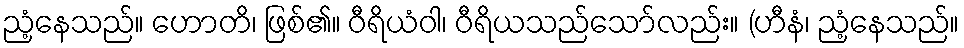
ညံ့နေသည်။ ဟောတိ၊ ဖြစ်၏။ ဝီရိယံဝါ၊ ဝီရိယသည်သော်လည်း။ (ဟီနံ၊ ညံ့နေသည်။